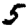
Digit: 5